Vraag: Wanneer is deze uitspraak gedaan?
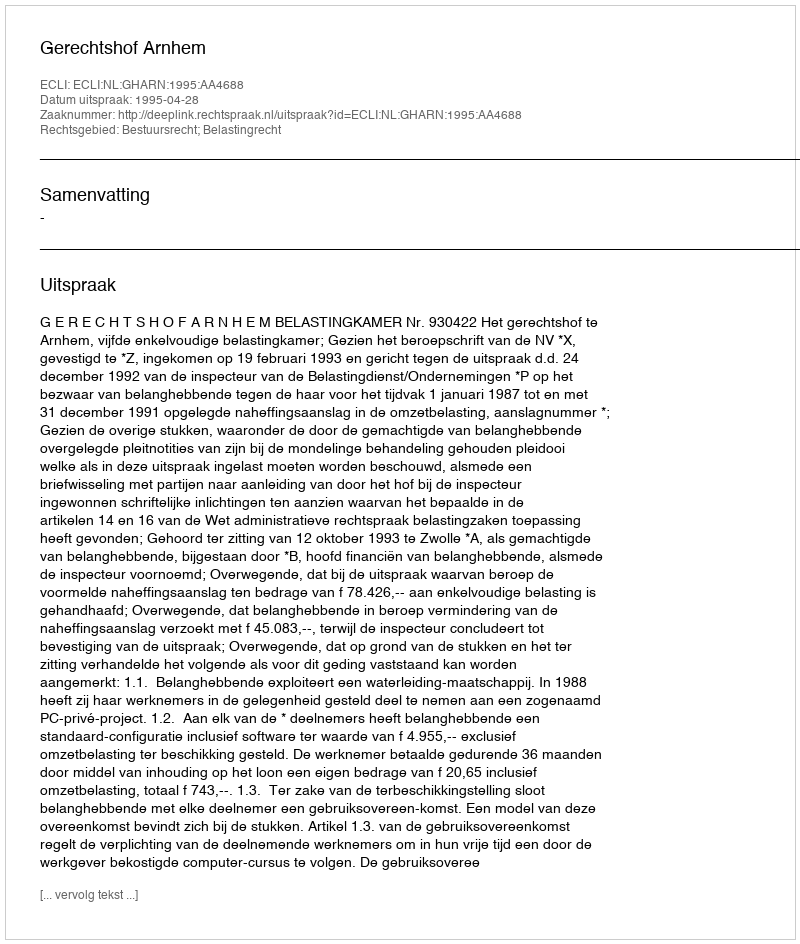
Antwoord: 1995-04-28